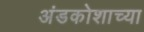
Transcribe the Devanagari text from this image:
अंडकोशाच्या